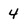
Character: 4